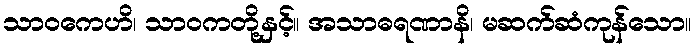
သာဝကေဟိ၊ သာဝကတို့နှင့်။ အသာဓရဏာနိ၊ မဆက်ဆံကုန်သော။